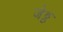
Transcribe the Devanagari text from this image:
जेठ्ठ